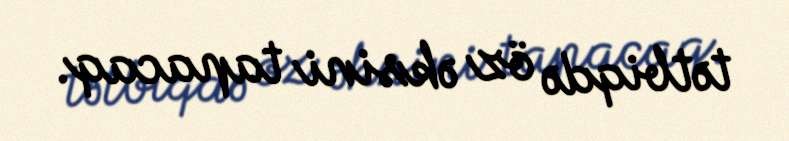
tətbiqdə öz əksini tapacaq.